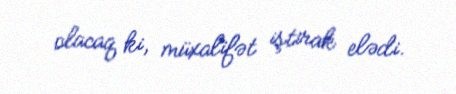
olacaq ki, müxalifət iştirak elədi.